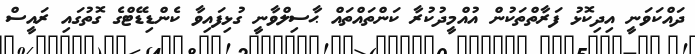
ދައްކަވަނީ އިދިކޮޅު ފަރާތްތަކުން އުއްމީދުކުރާ ކަންތައްތައް ޙާސިލްވާނީ ގުޅިފައިވާ ކެންޑިޑޭޓްގެ ގޮތުގައި ރައީސް